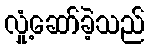
လှုံ့ဆော်ခဲ့သည်